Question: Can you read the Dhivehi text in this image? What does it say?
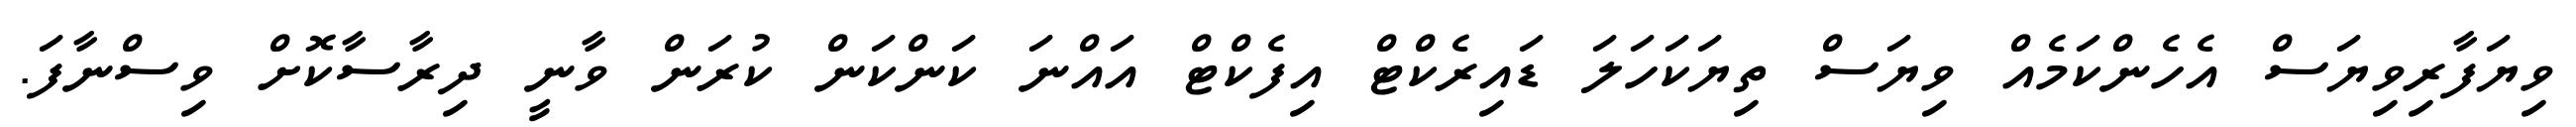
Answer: ވިޔަފާރިވިޔަސް އެހެންކަމެއް ވިޔަސް ތިޔަކަހަލަ ޑައިރެކްޓް އިފެކްޓް އައްނަ ކަންކަން ކުރަން ވާނީ ދިރާސާކޮށް ވިސްނާފަ.